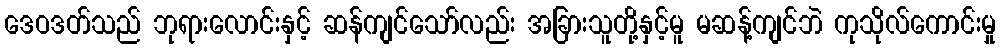
ဒေဝဒတ်သည် ဘုရားလောင်းနှင့် ဆန်ကျင်သော်လည်း အခြားသူတို့နှင့်မူ မဆန့်ကျင်ဘဲ ကုသိုလ်ကောင်းမှု